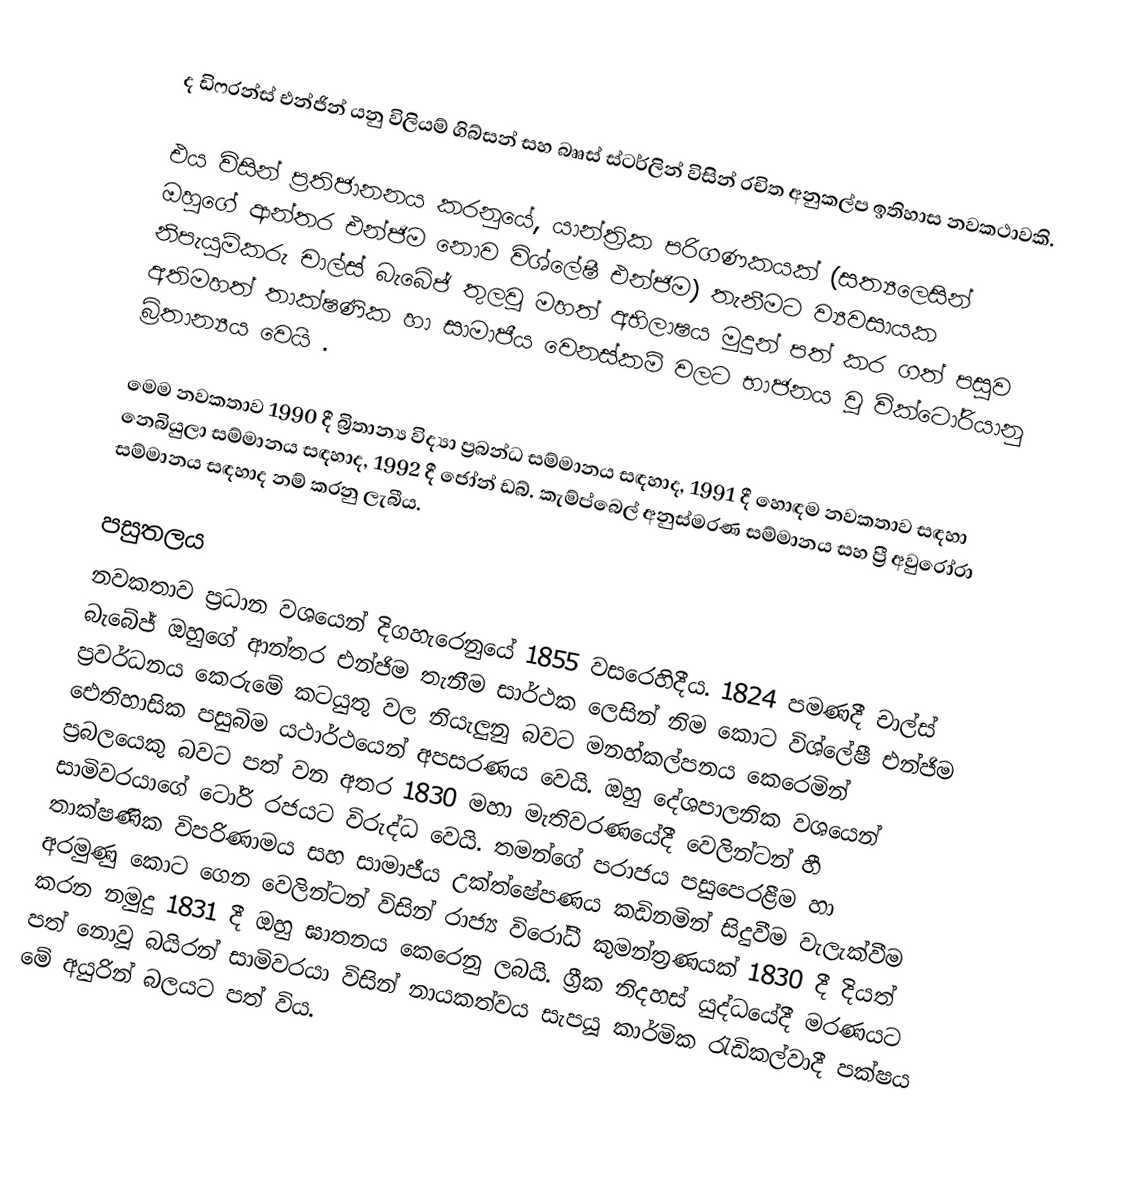
ද ඩිෆරන්ස් එන්ජින් යනු විලියම් ගිබ්සන් සහ බෲස් ස්ටර්ලින් විසින් රචිත අනුකල්ප ඉතිහාස නවකථාවකි.

එය විසින් ප්‍රතිජානනය කරනුයේ,   යාන්ත්‍රික පරිගණකයක් (සත්‍යලෙසින් ඔහුගේ ආන්තර එන්ජිම නොව විශ්ලේෂී එන්ජිම) තැනීමට ව්‍යවසායක නිපැයුම්කරු චාල්ස් බැබේජ් තුලවූ මහත් අභිලාෂය මුදුන් පත් කර ගත් පසුව අතිමහත් තාක්ෂණික හා සාමාජීය වෙනස්කම් වලට භාජනය වූ වික්ටෝරියානු බ්‍රිතාන්‍යය වෙයි .

මෙම නවකතාව 1990 දී බ්‍රිතාන්‍ය විද්‍යා ප්‍රබන්ධ සම්මානය සඳහාද, 1991 දී හොඳම නවකතාව සඳහා නෙබියුලා සම්මානය සඳහාද, 1992 දී ජෝන් ඩබ්. කැම්ප්බෙල් අනුස්මරණ සම්මානය සහ ප්‍රී අවුරෝරා සම්මානය සඳහාද නම් කරනු ලැබීය.

පසුතලය
නවකතාව ප්‍රධාන වශයෙන් දිගහැරෙනුයේ 1855 වසරෙහිදීය. 1824 පමණදී චාල්ස් බැබේජ් ඔහුගේ ආන්තර එන්ජිම තැනීම සාර්ථක ලෙසින් නිම කොට විශ්ලේෂී එන්ජිම ප්‍රවර්ධනය කෙරුමේ කටයුතු වල නියැලුනු බවට මනහ්කල්පනය කෙරෙමින් ඓතිහාසික පසුබිම යථාර්ථයෙන් අපසරණය වෙයි. ඔහු දේශපාලනික වශයෙන් ප්‍රබලයෙකු බවට පත් වන අතර  1830 මහා මැතිවරණයේදී වෙලින්ටන් හී සාමිවරයාගේ ටෝරි රජයට  විරුද්ධ වෙයි. තමන්ගේ පරාජය පසුපෙරළීම හා තාක්ෂණික විපරිණාමය සහ සාමාජීය  උක්ත්ෂේපණය කඩිනමින් සිදුවීම වැලැක්වීම අරමුණු කොට ගෙන වෙලින්ටන් විසින් රාජ්‍ය විරෝධී කුමන්ත්‍රණයක් 1830 දී දියත් කරන නමුදු 1831 දී ඔහු ඝාතනය කෙරෙනු ලබයි. ග්‍රීක නිදහස් යුද්ධයේදී මරණයට පත් නොවූ  බයිරන් සාමිවරයා විසින් නායකත්වය සැපයූ කාර්මික රැඩිකල්වාදී පක්ෂය මේ අයුරින්  බලයට පත් විය.